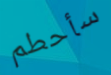
سأحطم